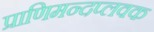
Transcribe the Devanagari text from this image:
प्राणिमन्दप्लवक